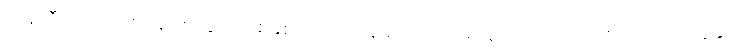
ယန်ကီ အကျဉ်းစခန်းထဲတွင် တစ်နှစ် ကြာမျှ နေခဲ့ရသည့် အတွက်ကြောင့် တစ်ကြောင်း၊ သူနှင့်